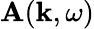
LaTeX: \mathbf{A}(\mathbf{k},\omega)